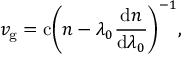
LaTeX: v _ { \mathrm { g } } = \mathrm { c } \! \left( n - \lambda _ { 0 } { \frac { \mathrm { d } n } { \mathrm { d } \lambda _ { 0 } } } \right) ^ { - 1 } \! ,